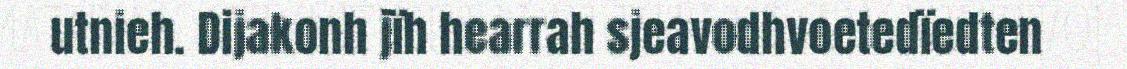
utnieh. Dijakonh jïh hearrah sjeavodhvoetedïedten